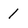
Character: 1